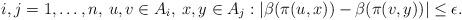
LaTeX: \begin{align*}i,j=1,\ldots,n, \> u,v\in A_i,\> x,y\in A_j: |\beta(\pi(u,x))-\beta(\pi(v,y))|\le\epsilon.\end{align*}